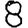
Digit: 8